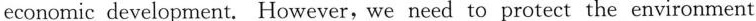
economic development. However, we need to protect the environment